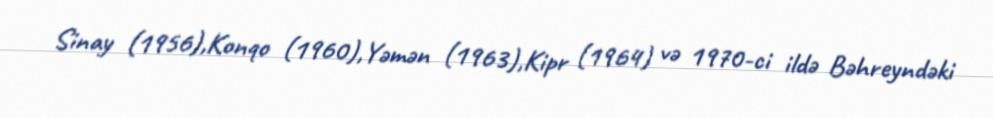
Sinay (1956),Konqo (1960),Yəmən (1963),Kipr (1964) və 1970-ci ildə Bəhreyndəki